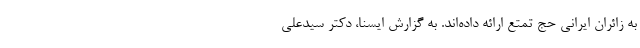
به زائران ایرانی حج تمتع ارائه داده‌اند. به گزارش ایسنا، دکتر سیدعلی